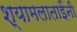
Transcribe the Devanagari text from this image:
श्यामलाताईंनी